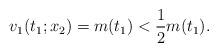
LaTeX: \begin{align*}v_1(t_1;x_2)=m(t_1)<\frac{1}{2}m(t_1).\end{align*}